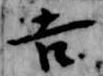
吉